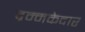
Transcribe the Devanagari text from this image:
द्रम्मकेदार